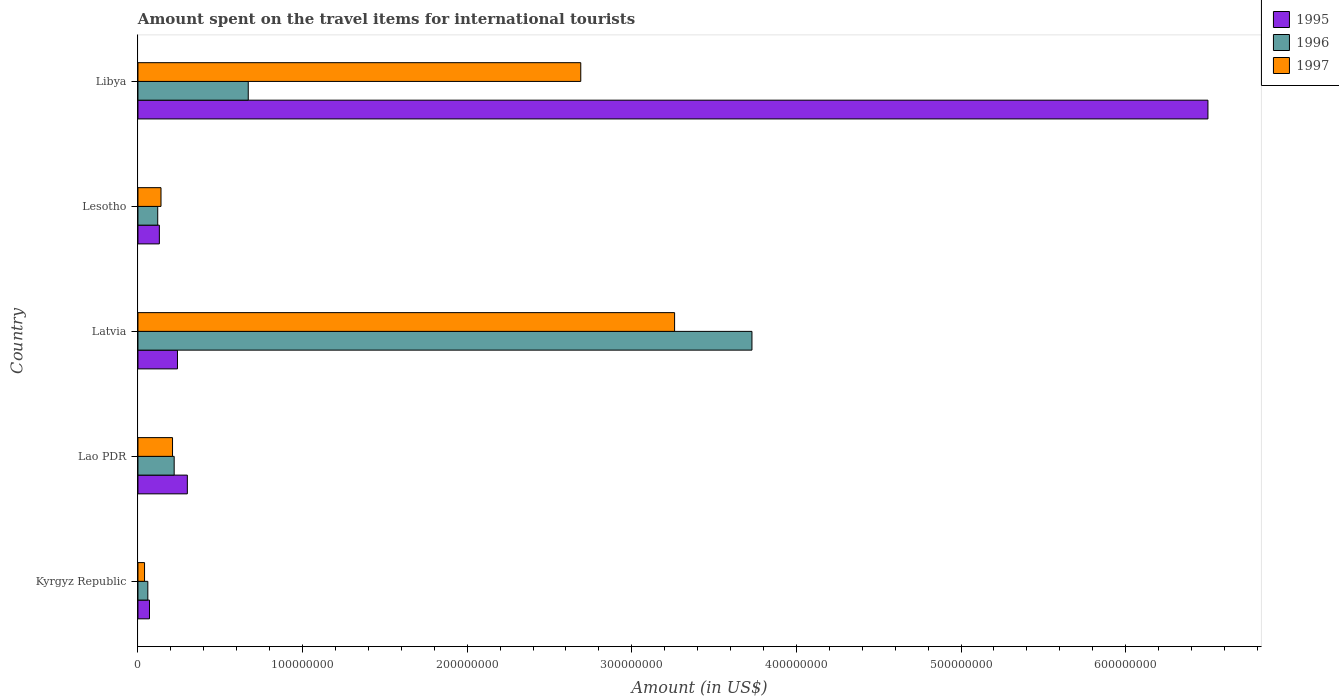
| Country | 1995 | 1996 | 1997 |
 | --- | --- | --- | --- |
 | Kyrgyz Republic | 7e+06 | 6e+06 | 4e+06 |
 | Lao PDR | 3e+07 | 2.2e+07 | 2.1e+07 |
 | Latvia | 2.4e+07 | 3.73e+08 | 3.26e+08 |
 | Lesotho | 1.3e+07 | 1.2e+07 | 1.4e+07 |
 | Libya | 6.5e+08 | 6.7e+07 | 2.69e+08 |